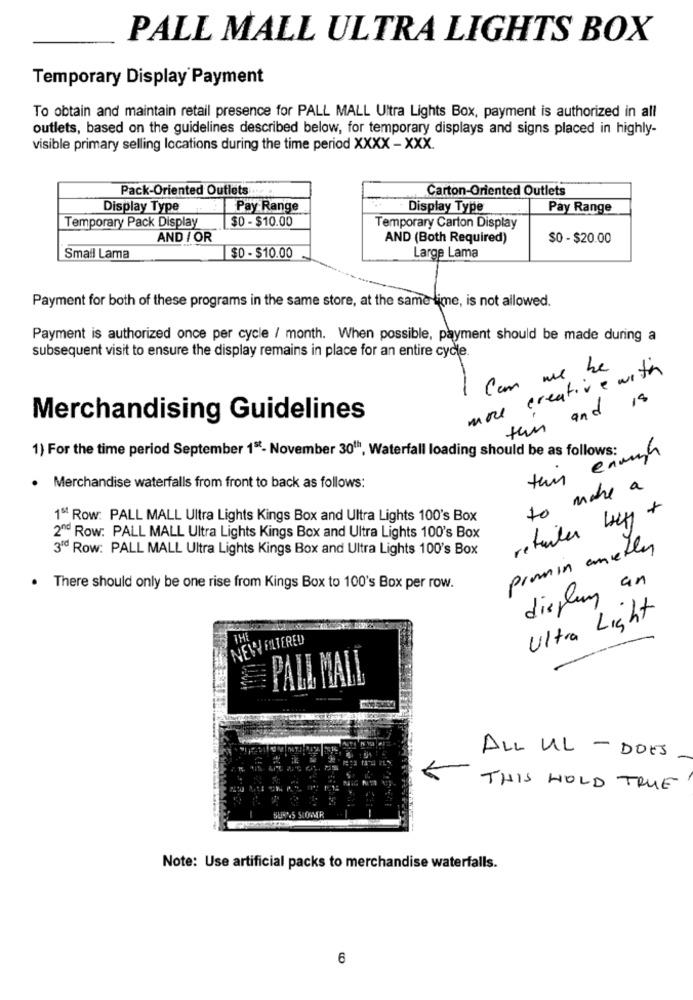
PALL MALL ULTRA LIGHTS BOX
Temporary Display Payment
To obtain and maintain retail presence for PALL MALL Ultra Lights Box, payment is authorized in all
outlets, based on the guidelines described below, for temporary displays and signs placed in highly-
visible primary selling locations during the time period XXXX - XXX.
Pack-Oriented Outlets
Carton-Oriented Outlets
Display Type Pay Range
Display Type
Pay Range
Temporary Pack Display
$0 - $10.00
Temporary Carton Display
AND / OR
AND (Both Required)
$0 - $20.00
$0 - $10.00
Small Lama
Large Lama
Payment for both of these programs in the same store, at the same time, is not allowed.
Payment is authorized once per cycle / month. When possible, payment should be made during a
subsequent visit to ensure the display remains in place for an entire cycle.
more creative with
Can we be
and is
Merchandising Guidelines
tem
1) For the time period September 1"'- November 30"", Waterfall loading should be as follows:
· Merchandise waterfalls from front to back as follows:
to make a
1º Row: PALL MALL Ultra Lights Kings Box and Ultra Lights 100's Box
retailer buy
2º Row: PALL MALL Ultra Lights Kings Box and Ultra Lights 100's Box
3ªd Row: PALL MALL Ultra Lights Kings Box and Ultra Lights 100's Box
promin amethy
.There should only be one rise from Kings Box to 100's Box per row.
display an
Ultra Light
NEW FILTERED
THE
PALL MALL
ALL UL - DOES
THIS HOLD TRUE
BUN'S SIOMR
Note: Use artificial packs to merchandise waterfalls.
6